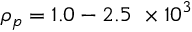
\rho _ { p } = 1 . 0 - 2 . 5 \ \times 1 0 ^ { 3 }